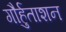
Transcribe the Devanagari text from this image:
गौर्हुताशन